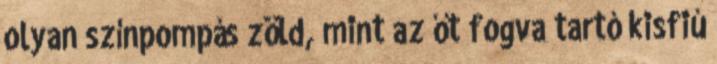
olyan színpompás zöld, mint az őt fogva tartó kisfiú